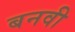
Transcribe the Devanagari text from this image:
बनवी